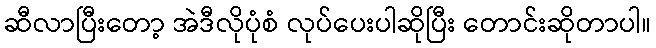
ဆီလာပြီးတော့ အဲဒီလိုပုံစံ လုပ်ပေးပါဆိုပြီး တောင်းဆိုတာပါ။